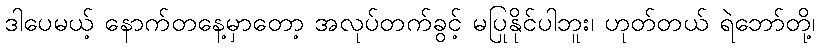
ဒါပေမယ့် နောက်တနေ့မှာတော့ အလုပ်တက်ခွင့် မပြုနိုင်ပါဘူး၊ ဟုတ်တယ် ရဲဘော်တို့၊